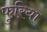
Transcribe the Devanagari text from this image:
फुरिया